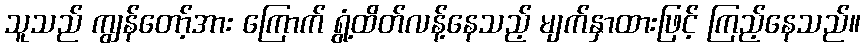
သူသည် ကျွန်တော့်အား ကြောက် ရွံ့ထိတ်လန့်နေသည့် မျက်နှာထားဖြင့် ကြည့်နေသည်။